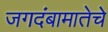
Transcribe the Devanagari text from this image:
जगदंबामातेचे